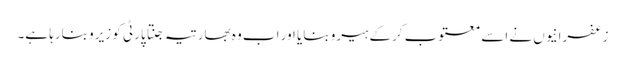
زعفرانیوں نے اسے معتوب کرکے ہیرو بنایا اور اب وہ بھارتیہ جنتا پارٹی کو زیرو بنارہا ہے۔